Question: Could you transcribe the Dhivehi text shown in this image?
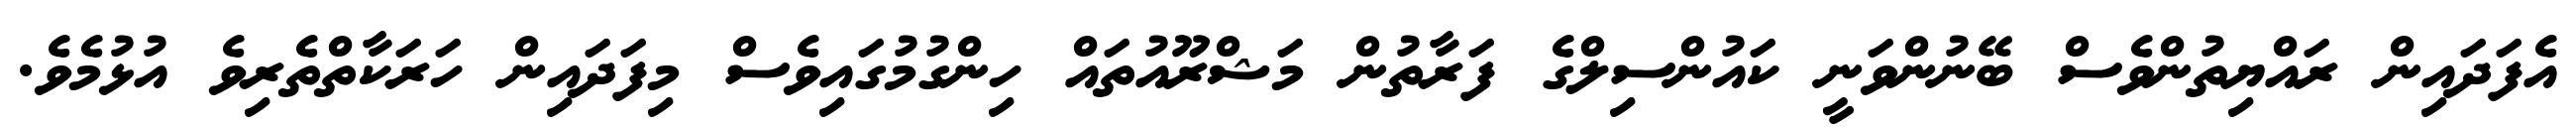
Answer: އެފަދައިން ރައްޔިތުންވެސް ބޭނުންވަނީ ކައުންސިލްގެ ފަރާތުން މަޝްރޫއުތައް ހިންގުމުގައިވެސް މިފަދައިން ހަރަކާތްތެރިވެ އުޅުމެވެ.